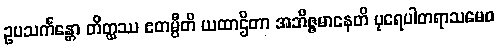
ဥပသင်္ကန္တော တိတ္ထဿ ဧတမ္ပီတိ ယထာဌိတာ အဘိဇ္ဇမာနေတိ ပုရေပါတရာသမေဝ